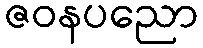
ဇဝနပညော